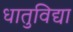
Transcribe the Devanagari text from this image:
धातुविद्या